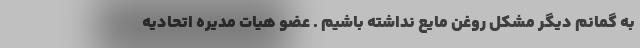
به گمانم دیگر مشکل روغن مایع نداشته باشیم . عضو هیات مدیره اتحادیه